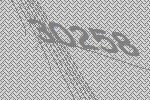
30258